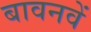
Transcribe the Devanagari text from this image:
बावनवें